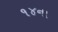
૧૪ના